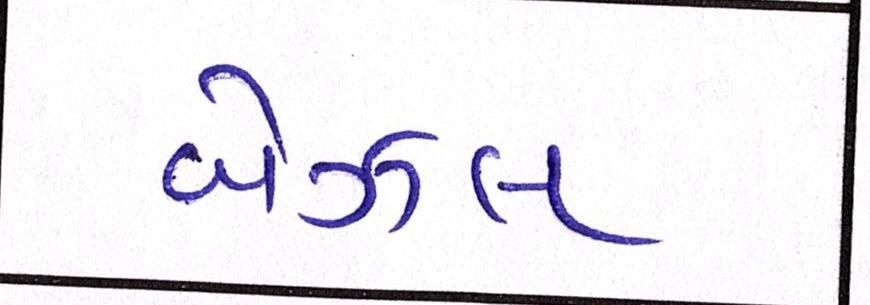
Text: બેઝલ